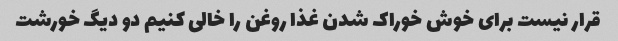
قرار نیست برای خوش خوراک شدن غذا روغن را خالی کنیم دو دیگ خورشت